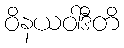
ဝိနယဝါဒီတိ